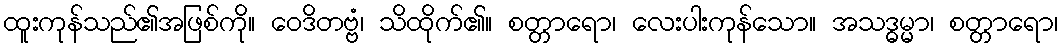
ထူးကုန်သည်၏အဖြစ်ကို။ ဝေဒိတဗ္ဗံ၊ သိထိုက်၏။ စတ္တာရော၊ လေးပါးကုန်သော။ အသဒ္ဓမ္မာ၊ စတ္တာရော၊